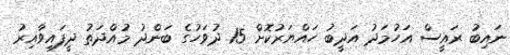
ނައިބު ރައީސް އަހުމަދު އަދީބު ހައްޔަރުކޮށް 15 ދުވަހުގެ ބަންދު މުއްދަތު ދީފައިވާއިރު